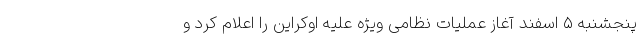
پنجشنبه ۵ اسفند آغاز عملیات نظامی ویژه علیه اوکراین را اعلام کرد و